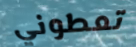
تعطوني